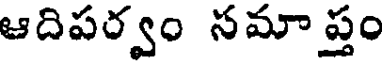
ఆదిపర్వం సమాప్తం